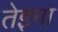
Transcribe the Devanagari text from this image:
तेइमा